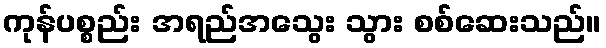
ကုန်ပစ္စည်း အရည်အသွေး သွား စစ်ဆေးသည်။